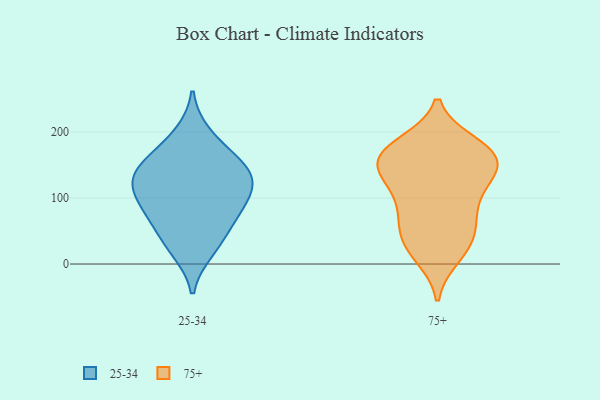
{"axis": {"x": "Conversion Rate (%)", "y": "Value"}, "legend": ["25-34", "75+"], "data": [{"x": "", "y": 96, "type": "25-34"}, {"x": "", "y": 139, "type": "25-34"}, {"x": "", "y": 76, "type": "25-34"}, {"x": "", "y": 21, "type": "25-34"}, {"x": "", "y": 166, "type": "25-34"}, {"x": "", "y": 196, "type": "25-34"}, {"x": "", "y": 63, "type": "25-34"}, {"x": "", "y": 33, "type": "25-34"}, {"x": "", "y": 120, "type": "25-34"}, {"x": "", "y": 92, "type": "25-34"}, {"x": "", "y": 129, "type": "25-34"}, {"x": "", "y": 129, "type": "25-34"}, {"x": "", "y": 152, "type": "25-34"}, {"x": "", "y": 77, "type": "75+"}, {"x": "", "y": 141, "type": "75+"}, {"x": "", "y": 127, "type": "75+"}, {"x": "", "y": 72, "type": "75+"}, {"x": "", "y": 114, "type": "75+"}, {"x": "", "y": 28, "type": "75+"}, {"x": "", "y": 181, "type": "75+"}, {"x": "", "y": 169, "type": "75+"}, {"x": "", "y": 174, "type": "75+"}, {"x": "", "y": 125, "type": "75+"}, {"x": "", "y": 73, "type": "75+"}, {"x": "", "y": 169, "type": "75+"}, {"x": "", "y": 26, "type": "75+"}, {"x": "", "y": 44, "type": "75+"}, {"x": "", "y": 13, "type": "75+"}, {"x": "", "y": 162, "type": "75+"}, {"x": "", "y": 164, "type": "75+"}, {"x": "", "y": 145, "type": "75+"}]}